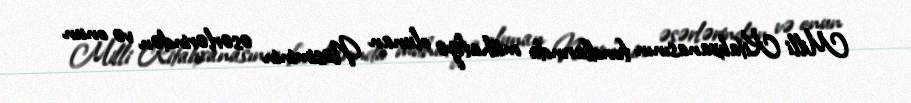
Milli Kitabxanasının fondlarında mühafizə olunan Nəsiminin əsərlərindən və onun